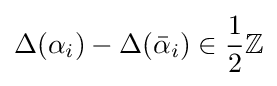
\Delta (\alpha _{i})-\Delta ({\bar {\alpha }}_{i})\in {\frac {1}{2}}\mathbb {Z}